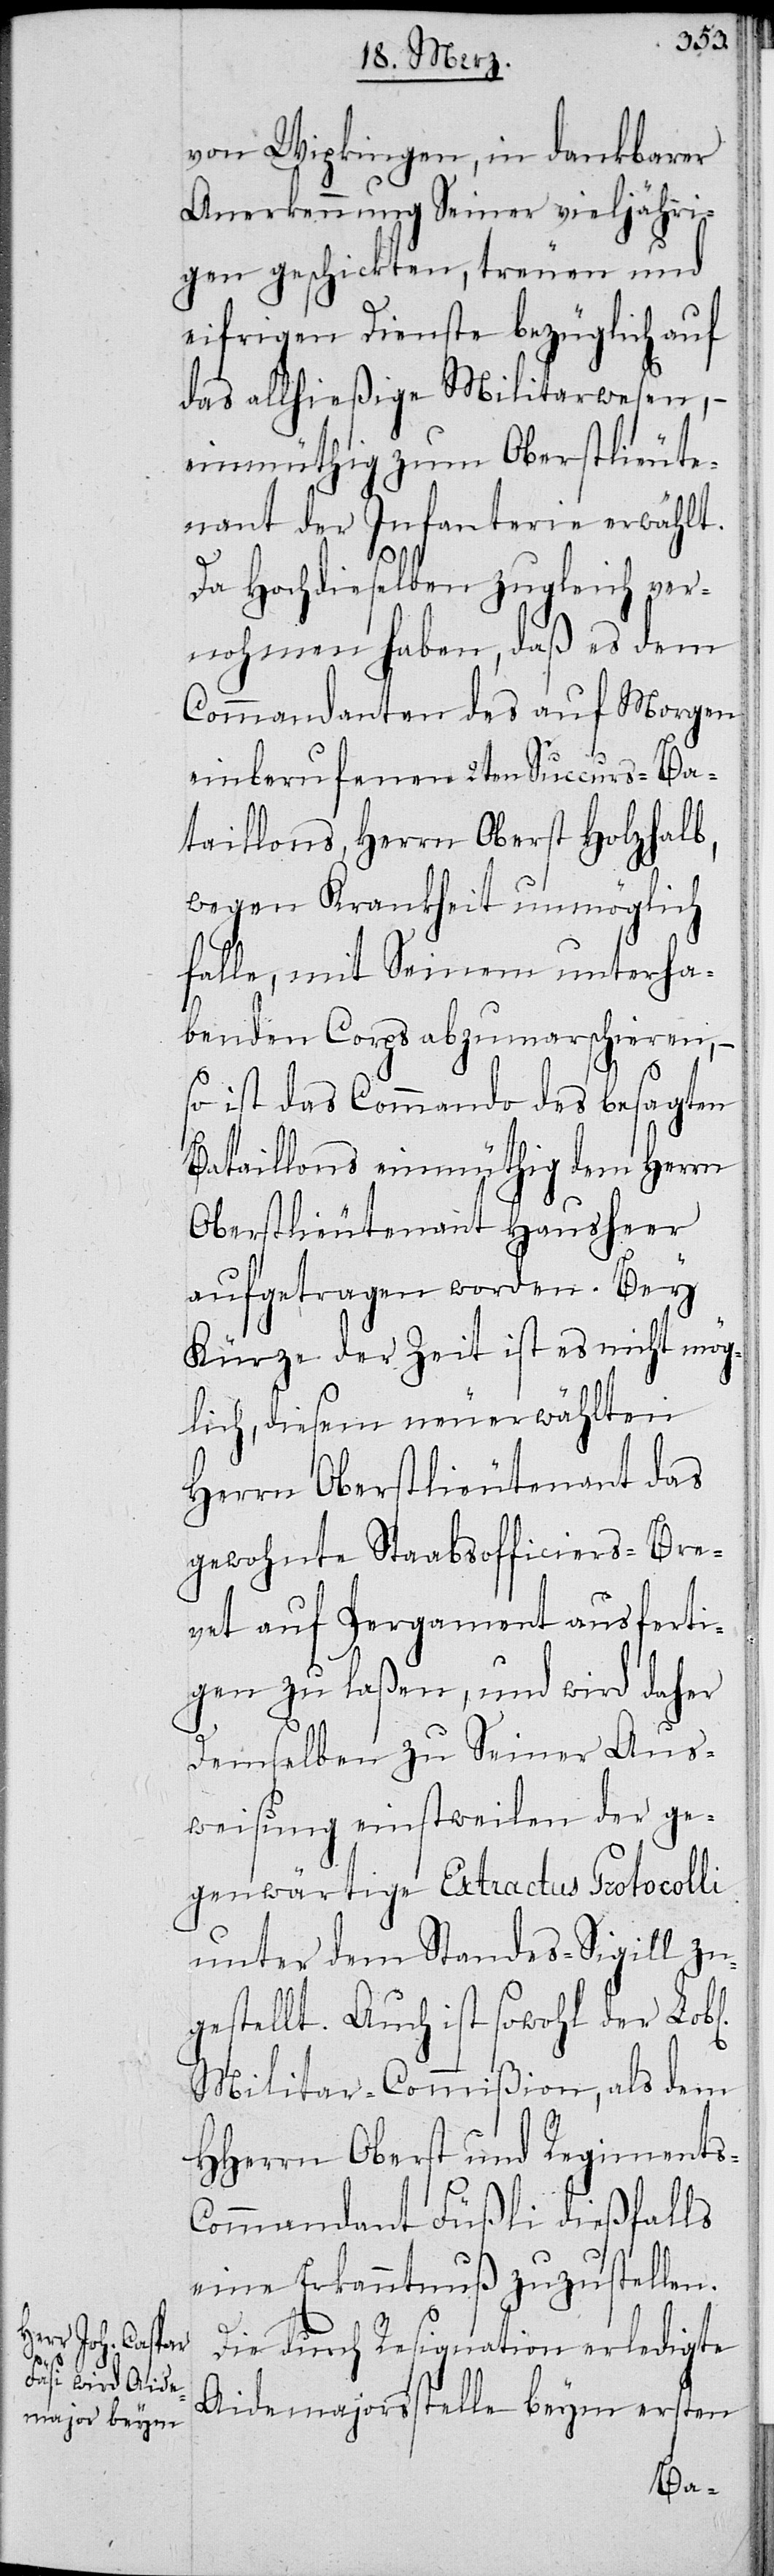
von Wipkingen, in dankbarer
Anerkennung Seiner vieljähri¬
gen geschickten, treuen und
eifrigen Dienste, bezüglich auf
das allhießige Militarwesen, –
einmüthig zum Oberstlieute¬
nant der Infanterie erwählt.
Da Hochdieselben zugleich ver¬
nohmen haben, daß es dem
Commandanten des auf Morgen
einberufenen 2ten Succurs-Ba¬
taillons, Herrn Oberst Holzhalb,
wegen Krankheit unmöglich
falle, mit Seinem unterha¬
benden Corps abzumarschieren, –
so ist das Commando des besagten
Bataillons einmüthig dem Herrn
Oberstlieutenant Hausheer
aufgetragen worden. Bey
Kürze der Zeit ist es nicht mög¬
lich, diesem neuerwählten
Herrn Oberstlieutenant das
gewohnte Staabsofficiers-Bre¬
vet auf Pergament ausferti¬
gen zu laßen, und wird daher
demselben zu seiner Aus¬
weisung einstweilen der ge¬
genwärtige Extractus Protocolli
unter dem Standes-Sigill zu¬
gestellt. Auch ist sowohl der Lobl.
Militar-Commißion, als dem
HHerrn Oberst und Regiments-C¬
ommandant Füßli dießfalls
eine Erkanntnuß zuzustellen.
Die durch Resignation erledigte
Aidemajorsstelle beym ersten